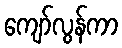
ကျော်လွန်ကာ